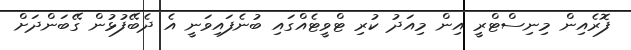
ފޮރެއިން މިނިސްޓްރީ އިން މިއަދު ކުރި ޓްވީޓެއްގައި ބުނެފައިވަނީ އެ ދެބޭފުޅުން ގޭބަންދަށް